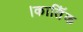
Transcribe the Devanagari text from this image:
।कातिॅक